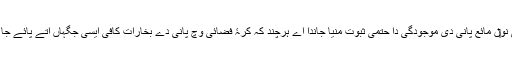
کدی کبھار پانی دے بخارات دی موجودگی نو‏‏ں مائع پانی دی موجودگی دا حتمی ثبوت منیا جاندا اے ہرچند کہ کرۂ فضائی وچ پانی دے بخارات کافی ایسی جگہاں اُتے پائے جا سکدے نيں جتھ‏ے مائع پانی نئيں پایا جاندا۔